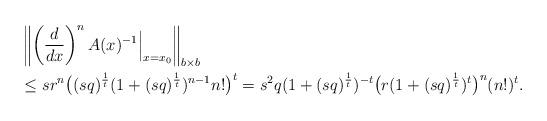
LaTeX: \begin{align*}&\left\|\left(\frac{d}{dx}\right)^{n}A(x)^{-1}\Big|_{x=x_0}\right\|_{b\times b}\\&\le s r^n \big((sq)^{\frac{1}{t}}(1+(sq)^{\frac{1}{t}})^{n-1}n!\big)^t=s^2q(1+(sq)^{\frac{1}{t}})^{-t}\big(r(1+(sq)^{\frac{1}{t}})^{t}\big)^n(n!)^t.\end{align*}